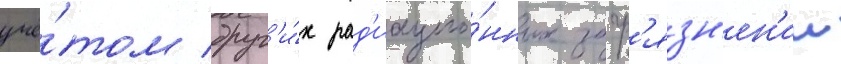
учё́том друг'и́х рад'иацио́нных загр'язн'ен'ии